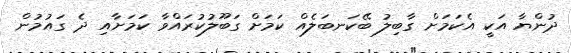
ދުންޔާ އަކީ އެކަމަށް ގާބިލު ބޭކަނބަލެއް ކަމަށް ގަބޫލުކުރައްވާ ކަމަށާއި ދެ ގައުމުން